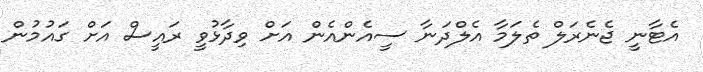
އެޓާނީ ޖެނެރަލް ތެލަމާ އެލްދަނާ ސީއެންއެން އަށް ވިދާޅުވީ ރައީސް އަށް ގައުމުން